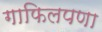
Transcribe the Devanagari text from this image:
गाफिलपणा